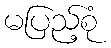
မပြည့်စုံ